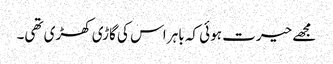
مجھے حیرت ہوئی کہ باہر اس کی گاڑی کھڑی تھی۔